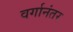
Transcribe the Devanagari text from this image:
वर्गानंतर